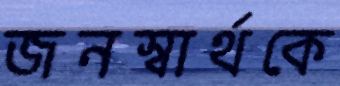
জনস্বার্থকে